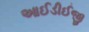
આઈડીઈજી